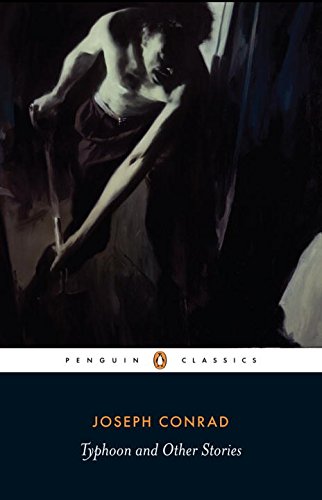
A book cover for Typhoon and Other Stories (Penguin Classics); Joseph Conrad; Literature & Fiction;